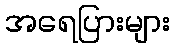
အရေပြားများ